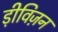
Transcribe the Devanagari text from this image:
ड़ीविज़न